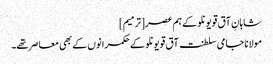
شاہانِ آق قویونلو کے ہم عصر[ترمیم]
مولانا جامی سلطنت آق قویونلو کے حکمرانوں کے بھی معاصر تھے۔